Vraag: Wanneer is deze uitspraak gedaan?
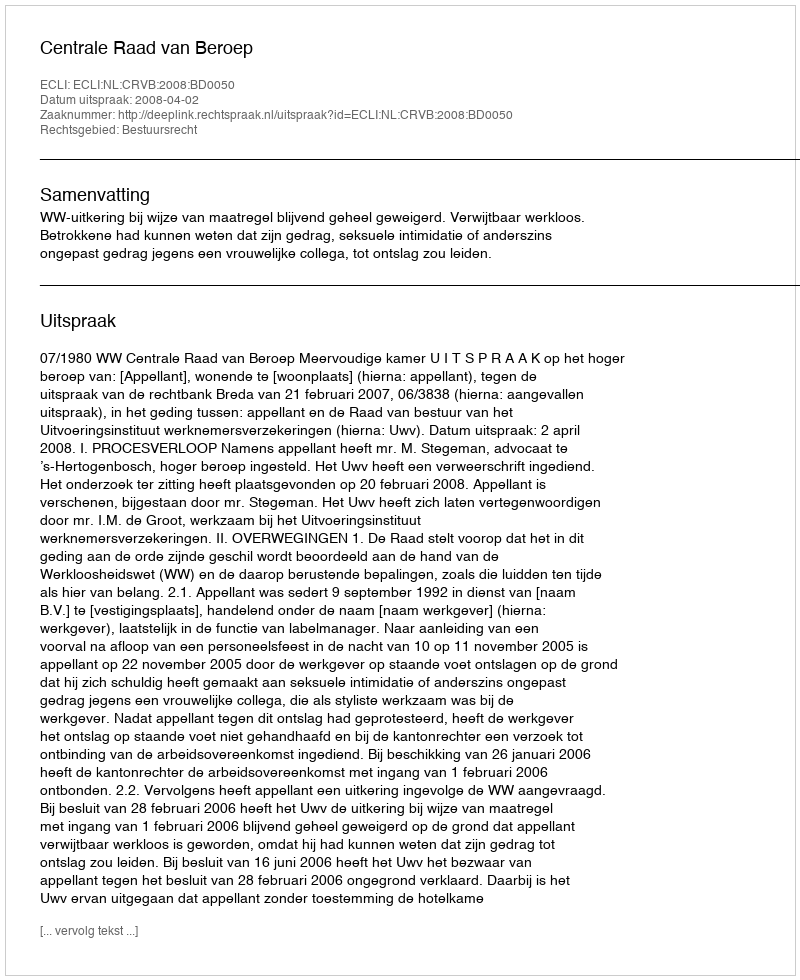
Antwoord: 2008-04-02